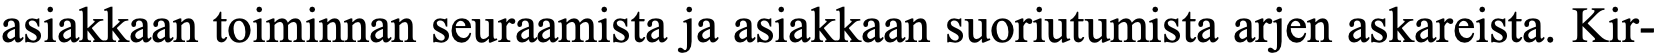
asiakkaan toiminnan seuraamista ja asiakkaan suoriutumista arjen askareista. Kir-